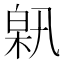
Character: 𤽰